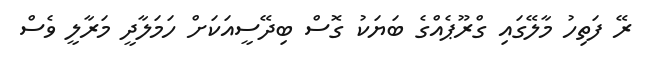
ރޭ ފަތިހު މާލޭގައި ގްރޫޕެއްގެ ބަޔަކު ގޮސް ބިދޭސީއަކަށް ހަމަލާދީ މަރާލީ ވެސް